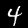
Digit: 4